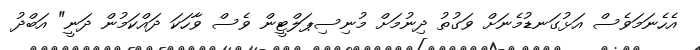
އެހެނަމަވެސް އަޅުގަނޑުމެނަށް ވަގުތު ދިނުމަށް މުނިސިޕަލްޓީން ވެސް ވާހަކަ ދައްކަމުން ދަނީ" އަބްދު